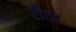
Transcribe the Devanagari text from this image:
सैंता